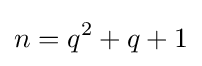
n=q^{2}+q+1